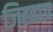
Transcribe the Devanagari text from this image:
जिह्वाग्र